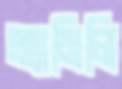
অ্যামিলি